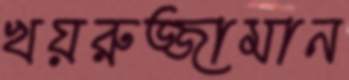
খয়রুজ্জামান